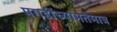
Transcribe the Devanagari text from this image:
पगडींच्यामतेमात्र